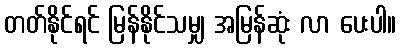
တတ်နိုင်ရင် မြန်နိုင်သမျှ အမြန်ဆုံး လာ ပေးပါ။